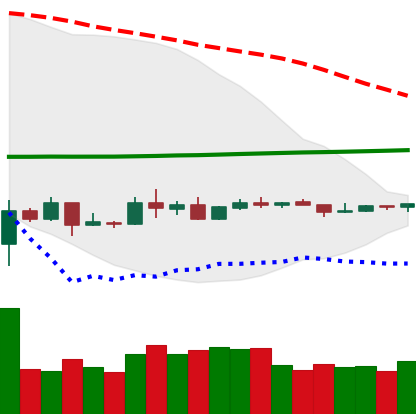
Ticker: ETC-USD
Chart end date: 2020-04-01
Forward return: 10.746%
Label: up_7plus